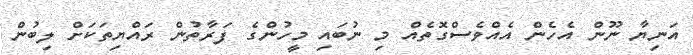
އަނިޔާ ނޫން އެހެން އެއްވެސްގޮތެއް މި ނުބައި މީހުންގެ ފަރާތުން ރައްޔިތަކަށް ލިބުން